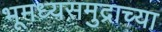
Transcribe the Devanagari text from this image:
भूमध्यसमुद्राच्या